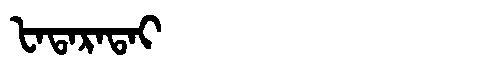
Manchu: ᡶᠠᡨᠠᡵᠠᡨᠠᡳ
Romanization: FATARATAI